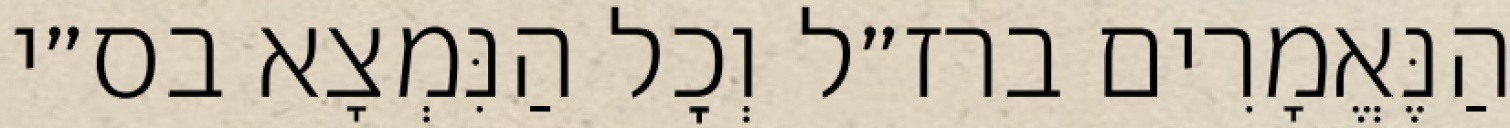
הַנֶּאֱמָרִים ברז״ל וְכׇל הַנִּמְצָא בס״י